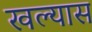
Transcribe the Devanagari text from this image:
खल्यास